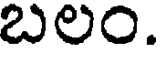
బలం.